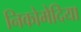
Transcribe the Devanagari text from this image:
निकोमेदिया